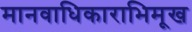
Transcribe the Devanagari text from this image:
मानवाधिकाराभिमूख